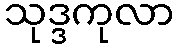
သုဒ္ဒကုလာ